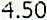
4.50